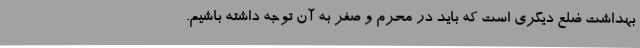
بهداشت ضلع دیگری است که باید در محرم و صفر به آن توجه داشته باشیم.